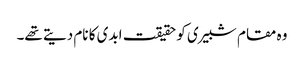
وہ مقام شبیری کو حقیقت ابدی کا نام دیتے تھے۔